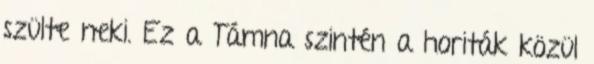
szülte neki. Ez a Támna szintén a horiták közül